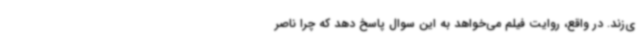
ی‌زند. در واقع، روایت فیلم می‌خواهد به این سوال پاسخ دهد که چرا ناصر